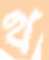
থ